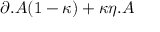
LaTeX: \partial . A ( 1 - \kappa ) + \kappa \eta . A \protect